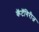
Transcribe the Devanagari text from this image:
कॅटॅगिरीज